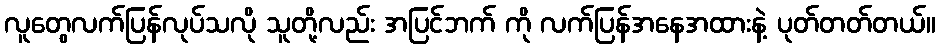
လူတွေလက်ပြန်လုပ်သလို သူတို့လည်း အပြင်ဘက် ကို လက်ပြန်အနေအထားနဲ့ ပုတ်တတ်တယ်။